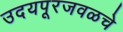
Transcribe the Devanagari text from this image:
उदयपूरजवळचे